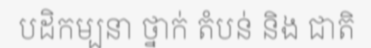
បដិកម្បនា ថ្នាក់ តំបន់ និង ជាតិ